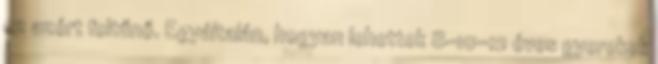
ez azért feltűnő. Egyáltalán, hogyan lehettek 8-10-12 éves gyerekek